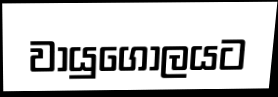
වායුගෝලයට